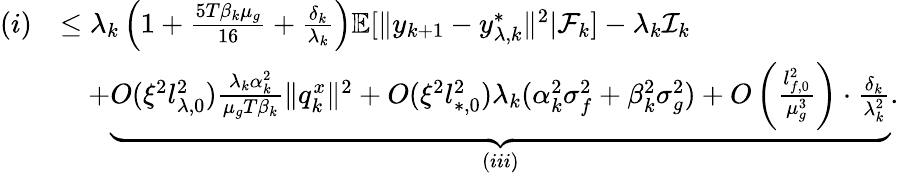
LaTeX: \begin{array}{rl}{(i)}&{\le\lambda_{k}\left(1+\frac{5T\beta_{k}\mu_{g}}{16}+\frac{\delta_{k}}{\lambda_{k}}\right)\mathbb{E}[\| y_{k+1}-y_{\lambda,k}^{*}\| ^{2}|\mathcal{F}_{k}]-\lambda_{k}\mathcal{I}_{k}}\\ &{\quad+\underbrace{O(\xi^{2}l_{\lambda,0}^{2})\frac{\lambda_{k}\alpha_{k}^{2}}{\mu_{g}T\beta_{k}}\| q_{k}^{x}\| ^{2}+O(\xi^{2}l_{*,0}^{2})\lambda_{k}(\alpha_{k}^{2}\sigma_{f}^{2}+\beta_{k}^{2}\sigma_{g}^{2})+O\left(\frac{l_{f,0}^{2}}{\mu_{g}^{3}}\right)\cdot\frac{\delta_{k}}{\lambda_{k}^{2}}}_{(iii)}.}\end{array}